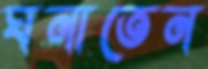
ঘনাতেন